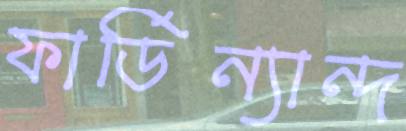
ফার্ডিন্যান্দ